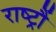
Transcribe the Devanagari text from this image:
राष्ट्रौं